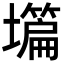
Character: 𡒺